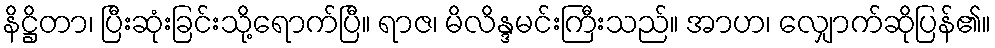
နိဋ္ဌိတာ၊ ပြီးဆုံးခြင်းသို့ရောက်ပြီ။ ရာဇ၊ မိလိန္ဒမင်းကြီးသည်။ အာဟ၊ လျှောက်ဆိုပြန်၏။